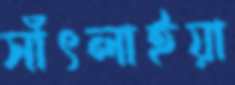
সাঁৎলাইয়া